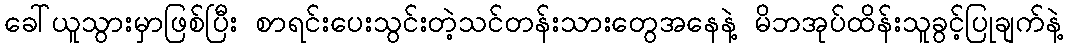
ခေါ်ယူသွားမှာဖြစ်ပြီး စာရင်းပေးသွင်းတဲ့သင်တန်းသားတွေအနေနဲ့ မိဘအုပ်ထိန်းသူခွင့်ပြုချက်နဲ့